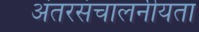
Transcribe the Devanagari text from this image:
अंतरसंचालनीयता